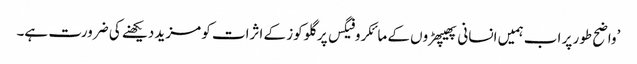
’واضح طور پر اب ہمیں انسانی پھیپھڑوں کے مائکروفیگس پر گلوکوز کے اثرات کو مزید دیکھنے کی ضرورت ہے۔